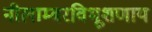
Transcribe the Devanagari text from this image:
नीलाम्बरविभूशणाय